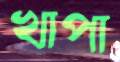
খাপা